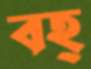
বহ্